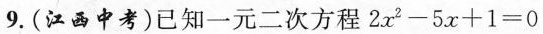
9.(江西中考)已知一元二次方程$$2 x ^ { 2 } - 5 x + 1 = 0$$